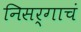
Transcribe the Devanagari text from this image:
निसर्गाचं